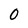
Character: 0